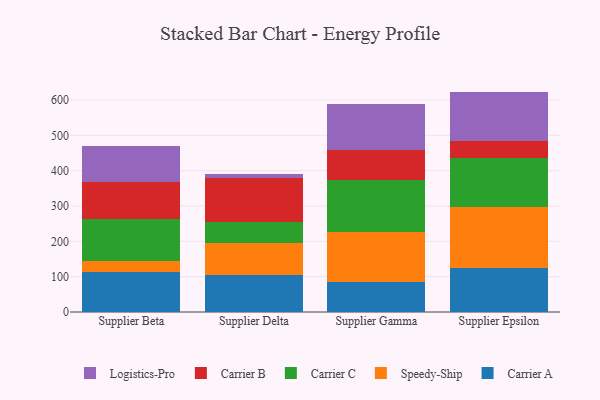
{"axis": {"x": "Supplier", "y": "Gross Profit (USD K)"}, "legend": ["Carrier A", "Carrier B", "Carrier C", "Logistics-Pro", "Speedy-Ship"], "data": [{"x": "Supplier Beta", "y": 114.4, "type": "Carrier A"}, {"x": "Supplier Beta", "y": 29.9, "type": "Speedy-Ship"}, {"x": "Supplier Beta", "y": 117.7, "type": "Carrier C"}, {"x": "Supplier Beta", "y": 105.3, "type": "Carrier B"}, {"x": "Supplier Beta", "y": 103.0, "type": "Logistics-Pro"}, {"x": "Supplier Delta", "y": 103.9, "type": "Carrier A"}, {"x": "Supplier Delta", "y": 90.2, "type": "Speedy-Ship"}, {"x": "Supplier Delta", "y": 59.9, "type": "Carrier C"}, {"x": "Supplier Delta", "y": 125.5, "type": "Carrier B"}, {"x": "Supplier Delta", "y": 12.0, "type": "Logistics-Pro"}, {"x": "Supplier Gamma", "y": 84.3, "type": "Carrier A"}, {"x": "Supplier Gamma", "y": 141.3, "type": "Speedy-Ship"}, {"x": "Supplier Gamma", "y": 148.8, "type": "Carrier C"}, {"x": "Supplier Gamma", "y": 82.8, "type": "Carrier B"}, {"x": "Supplier Gamma", "y": 130.2, "type": "Logistics-Pro"}, {"x": "Supplier Epsilon", "y": 125.4, "type": "Carrier A"}, {"x": "Supplier Epsilon", "y": 170.6, "type": "Speedy-Ship"}, {"x": "Supplier Epsilon", "y": 139.2, "type": "Carrier C"}, {"x": "Supplier Epsilon", "y": 47.5, "type": "Carrier B"}, {"x": "Supplier Epsilon", "y": 141.1, "type": "Logistics-Pro"}]}